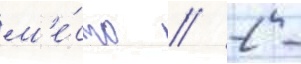
м'е́сто / 2 -